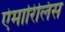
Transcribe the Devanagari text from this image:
ऐमारिलिस